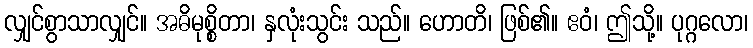
လျှင်စွာသာလျှင်။ အဓိမုစ္စိတာ၊ နှလုံးသွင်း သည်။ ဟောတိ၊ ဖြစ်၏။ ဧဝံ၊ ဤသို့။ ပုဂ္ဂလော၊